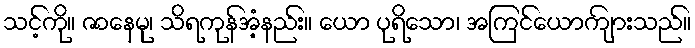
သင့်ကို။ ဇာနေမု၊ သိရကုန်အံ့နည်း။ ယော ပုရိသော၊ အကြင်ယောကျ်ားသည်။